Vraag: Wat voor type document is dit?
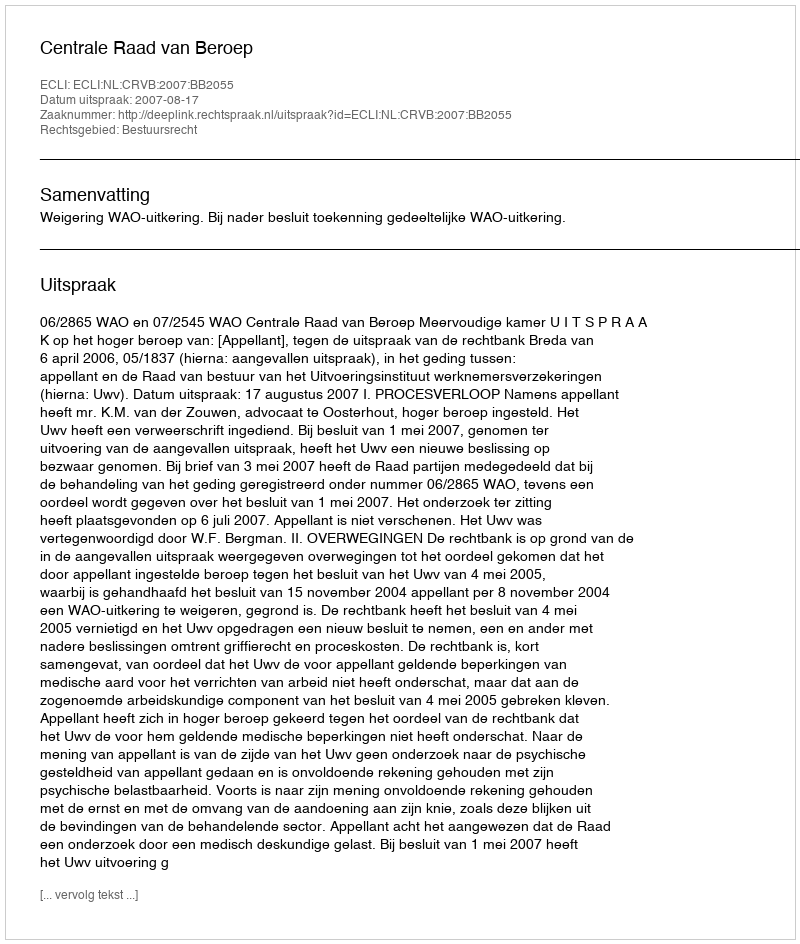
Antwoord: Uitspraak